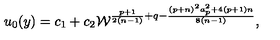
u _ { 0 } ( y ) = c _ { 1 } + c _ { 2 } { \cal W } ^ { { \frac { p + 1 } { 2 ( n - 1 ) } } + q - { \frac { ( p + n ) ^ { 2 } a _ { p } ^ { 2 } + 4 ( p + 1 ) n } { 8 ( n - 1 ) } } } ,